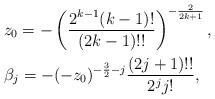
LaTeX: \begin{align*}&z_0 = - \left(\frac{2^{k-1}(k-1)!}{(2k-1)!!}\right)^{-\frac{2}{2k+1}}, \\&\beta_{j} = -(-z_0)^{-\frac{3}{2}-j}\frac{(2j+1)!!}{2^{j} j!},\end{align*}